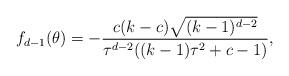
LaTeX: \begin{align*}f_{d-1}(\theta)= -\frac{c(k-c)\sqrt{(k-1)^{d-2}}}{\tau^{d-2}((k-1)\tau^2+c-1)},\end{align*}